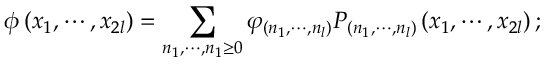
\phi \left( x _ { 1 } , \cdots , x _ { 2 l } \right) = \sum _ { n _ { 1 } , \cdots , n _ { 1 } \geq 0 } \varphi _ { \left( n _ { 1 } , \cdots , n _ { l } \right) } P _ { \left( n _ { 1 } , \cdots , n _ { l } \right) } \left( x _ { 1 } , \cdots , x _ { 2 l } \right) ;